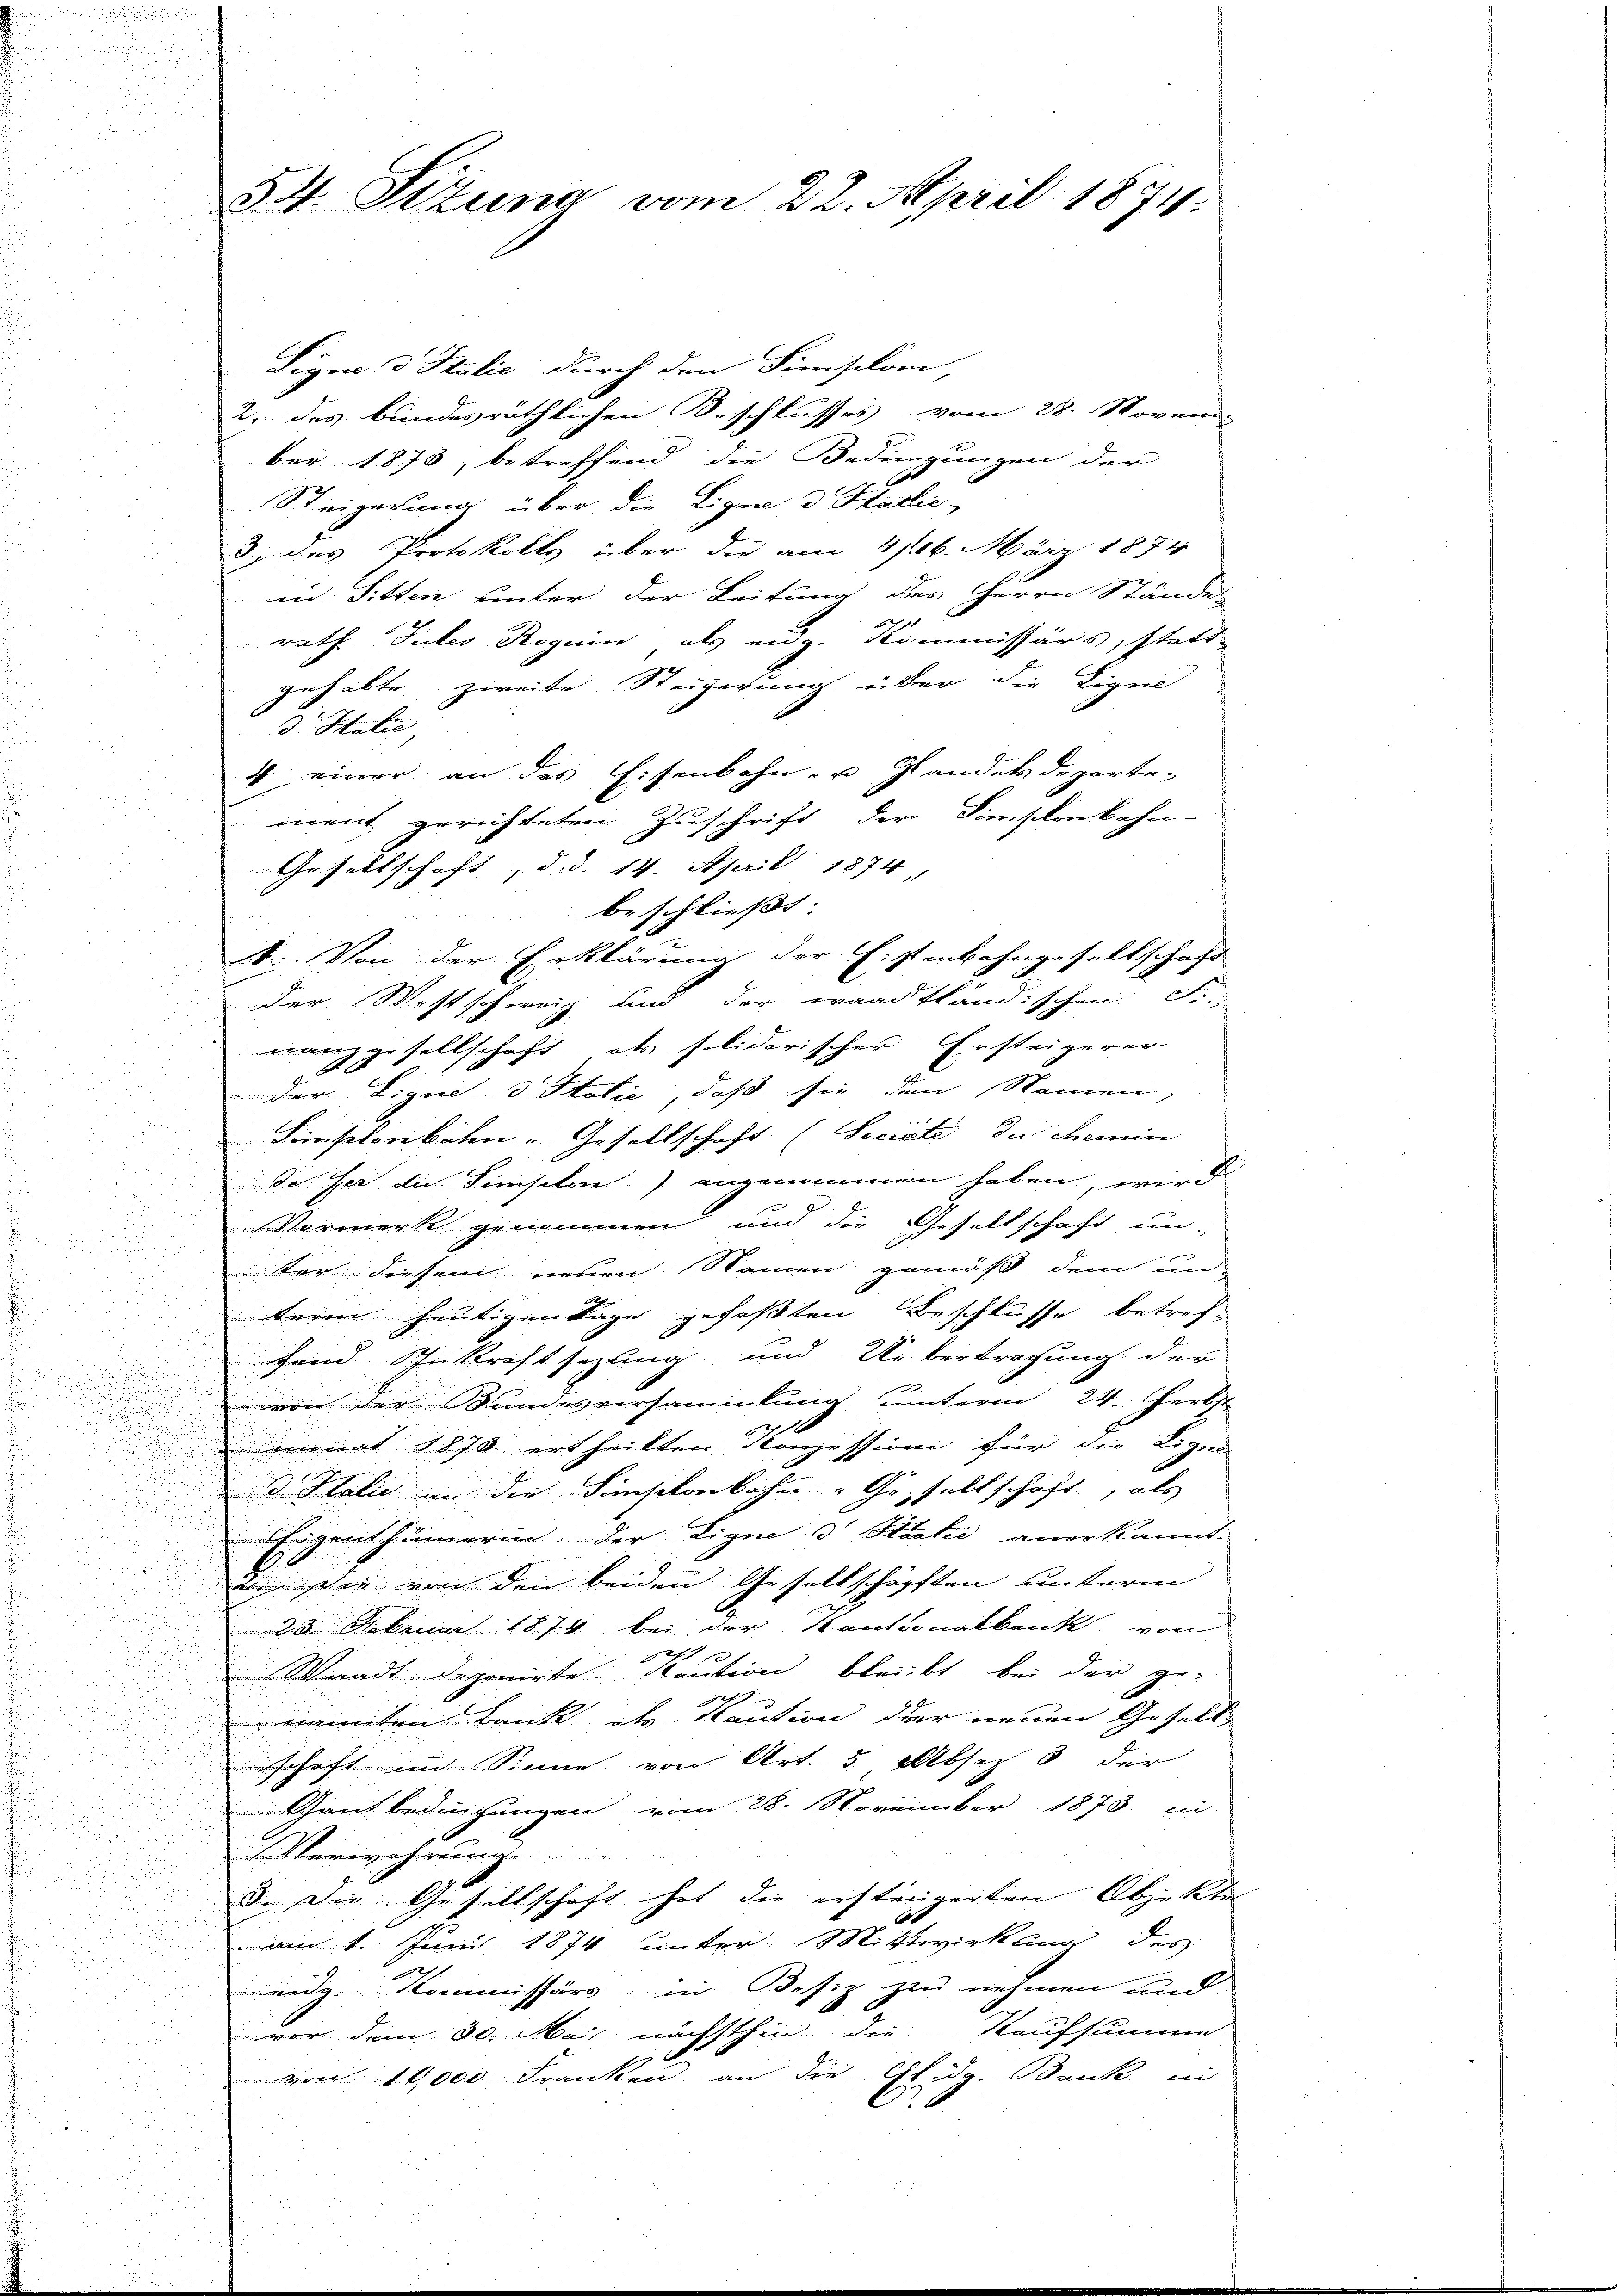
54. Sizung vom 22. April 1874.

Signo d Italić durch den Simisilom
2. des bundesräthlichen Beschlusses vom 28. Noven
ber 1878, betreffend die Bedingungen der
Steigerung über die Ligen & Stalić,
2. des Protokolls über die am 4. 16. März 1874
in Sitten unter der Leitung des Herrn Stände
rath Gutes Roguin, als eidg. Kommissärs, statt
gehabte zweite Steigerung über die Ligel
d. Halic
4 einer an das Eisenbahn- u Glandels departement gerichteten Zuschrift der Simplonbahn-
e
Gesellschaft, d. d. 14. April 1874
.
e
beschließt:
u
s
8. Von der Erklärung der Fistenbahngesellschaft
der Westschweiz und der waadtländischen: Se-
n
manzgesellschaft als solidarischer Ersteigerer
2
.
der Lique d Italić, daß sie den Namen,

u
Finslebeten Gesellschaft (Sociati die Semin
1
.

 de ser die Simisiton) angenommen haben, wird

Vormerk genommen und die Gesellschaft un-

ter diesem neuen Namen gemäß dem un-

u
3
5

term heutigen Tage gefaßten Beschlusse betref¬

fend Schnkraftsezling und Uebertragung der

voin der andesversammlung unterm 24. Herbst

minat 1870 ertheilten Konzessioni für die Ligen

 Halić an die Simselonkohn - Gehaltschaft, als
u
Eigenthümerin der Eigne d Stralić anerkannt.

we sie von den beiden Gesellschöpften unterm

u
25. Februar 1874 bei der Kantonalbank von
u
d
Waadt deponirte Kaution bleibt, bei der genamten Bank als Kaution der neuen Gesell
schaft im Sinne von Art. 5. Aber 3 der
Gantbedingungen vom 28. November 1873 in
 Verzehrung
.
3. Die Gesellschaft hat die ersteigerten Objekte
am 1. Juni 1874 unter Mittwirkung des

eidg. Kommissärs in Besiz zu nehmen und
7
vor dem 30. Mai nächsthin die Kaufsumme

t
von 10,000 Franken an die Citida. Dank in
52
2